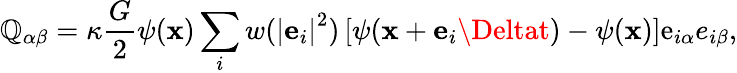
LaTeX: {\mathbb{Q}_{\alpha\beta}}=\kappa\frac{{G}}{{2}}\psi({\mathbf{{x}}})\sum_{i}{w({{\left|{{{\mathbf{{e}}}_{i}}}\right|}^{2}})}\left[{\psi({\mathbf{{x}}}+{{\mathbf{{e}}}_{i}}\Deltat)-\psi({\mathbf{{x}}})}\right]{\mathrm{{{e}}}_{i\alpha}}{e_{i\beta}},